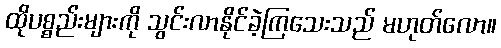
ထိုပစ္စည်းများကို သွင်းလာနိုင်ခဲ့ကြသေးသည် မဟုတ်လော။